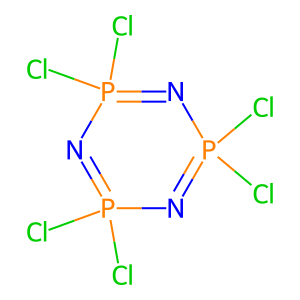
SMILES: ClP1(Cl)=NP(Cl)(Cl)=NP(Cl)(Cl)=N1
Inhibits HIV replication: No